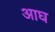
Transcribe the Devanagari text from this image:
आघ